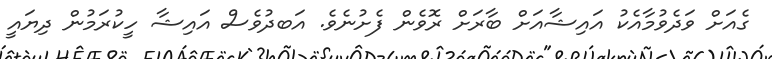
ގެއަށް ވަދެވުމާއެކު އައިޝާއަށް ބާރަށް ރޮވެން ފެށުނެވެ. އަަބދުވެސް އައިޝާ ހީކުރަމުން ދިޔައީ